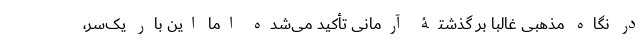
در نگاه مذهبی غالبا بر گذشتۀ آرمانی تأکید می‌شده اما این بار یک‌سر،